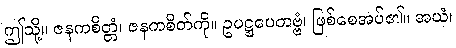
ဤသို့။ ဇနကစိတ္တံ၊ ဇနကစိတ်ကို။ ဥပဋ္ဌပေတဗ္ဗံ၊ ဖြစ်စေအပ်၏။ အယံ၊